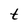
Character: t